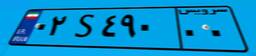
۰۲S۴۹۰۰۰